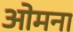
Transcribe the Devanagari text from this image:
ओमना